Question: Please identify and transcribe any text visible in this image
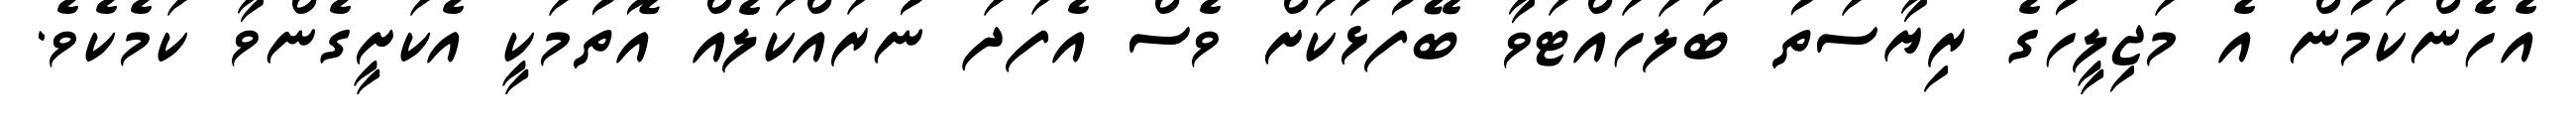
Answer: އެހެންކަމުން އެ މަޖިލީހުގެ ރިޔާސަތު ބަލަހައްޓަވާ ބޭފުޅަކަށް ވެސް އެފަދަ ނުރައްކަލެއް އޮތުމަކީ އެކަށީގެންވާ ކަމެކެވެ.